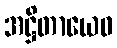
အဋ္ဌိတာယေဝ